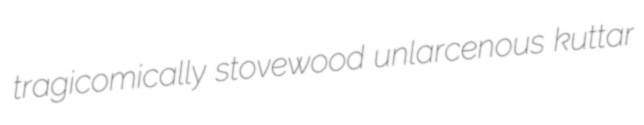
tragicomically stovewood unlarcenous kuttar